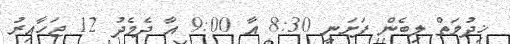
ޚިދުމަތް ލިބެން ފަށަނީ 8:30 އާ 9:00 އާ ދެމެދު 12 ޖަހާއިރު